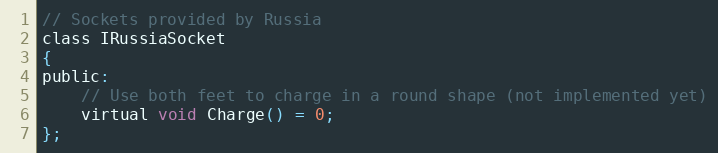
Language: C
// Sockets provided by Russia
class IRussiaSocket
{
public:
    // Use both feet to charge in a round shape (not implemented yet)
    virtual void Charge() = 0;
};